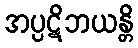
အပ္ပဋိဘယန္တိ